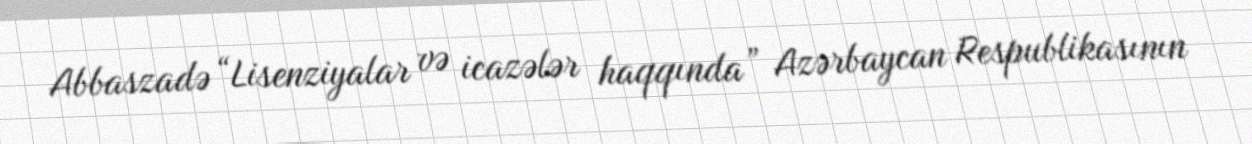
Abbaszadə “Lisenziyalar və icazələr haqqında” Azərbaycan Respublikasının